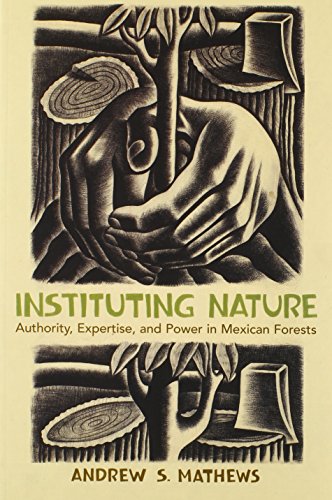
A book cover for Instituting Nature: Authority, Expertise, and Power in Mexican Forests (Politics, Science, and the Environment); Andrew S. Mathews; Science & Math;